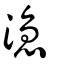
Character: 㴔